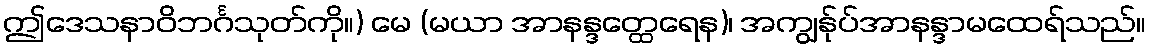
ဤဒေသနာဝိဘင်္ဂသုတ်ကို။) မေ (မယာ အာနန္ဒတ္ထေရေန)၊ အကျွန်ုပ်အာနန္ဒာမထေရ်သည်။